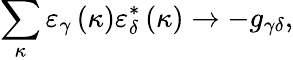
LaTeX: \sum_{\kappa}\varepsilon_{\gamma}\left(\kappa\right)\varepsilon_{\delta}^{*}\left(\kappa\right)\rightarrow-g_{\gamma\delta},